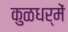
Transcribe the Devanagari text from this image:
कुळधर्में